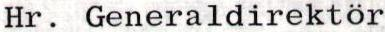
Hr. Generaldirektör